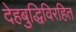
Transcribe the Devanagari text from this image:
देहबुद्धिविरहित